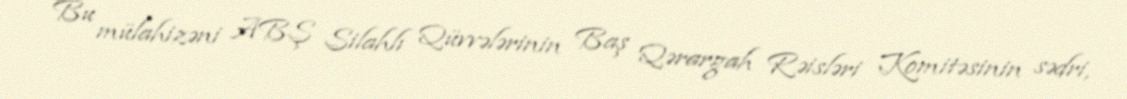
Bu mülahizəni ABŞ Silahlı Qüvvələrinin Baş Qərargah Rəisləri Komitəsinin sədri,